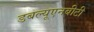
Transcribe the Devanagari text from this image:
डबल्यूएनबीटी